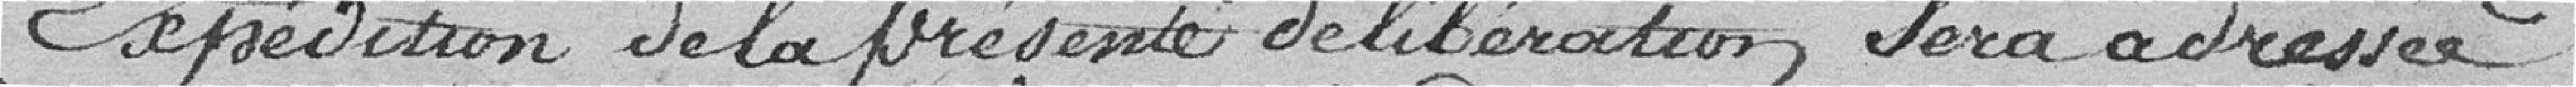
Expédition de la présente délibération sera adressée